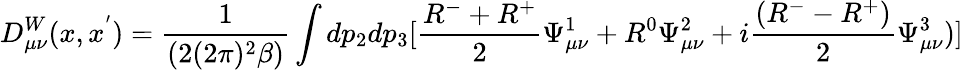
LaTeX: D_{\mu\nu}^{W}(x,x^{^{\prime}})=\frac{1}{(2(2\pi)^{2}\beta)}\int dp_{2}dp_{3}[\frac{R^{-}+R^{+}}{2}\Psi_{\mu\nu}^{1}+R^{0}\Psi_{\mu\nu}^{2}+i\frac{(R^{-}-R^{+})}{2}\Psi_{\mu\nu}^{3})]